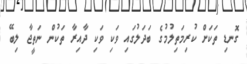
ގޮނޑި ތަކަށް ކުރިމަތިލުމުގެ ބަދަލުގައި ވަކި ވަކި ދާއިރާ ތަކުން ނަތީޖާ ލިބޭ